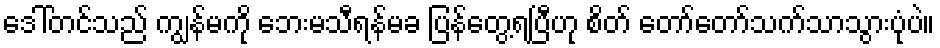
ဒေါ်တင်သည် ကျွန်မကို ဘေးမသီရန်မခ ပြန်တွေ့ရပြီဟု စိတ် တော်တော်သက်သာသွားပုံပဲ။